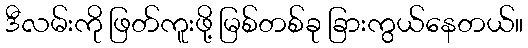
ဒီလမ်းကို ဖြတ်ကူးဖို့ မြစ်တစ်ခု ခြားကွယ်နေတယ်။